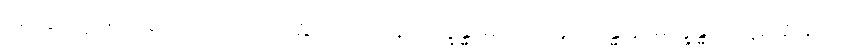
အကြွင်းမဲ့ဖြတ်ခြင်းကြောင့်။ ပဝတ္တာ၊ ဝိပါက်နာမက္ခန္ဓာမှ။ ဝါ၊ ပဋိသန္ဓေ နာမက္ခန္ဓာ ကဋတ္တာရုပ်မှ။